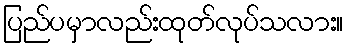
ပြည်ပမှာလည်းထုတ်လုပ်သလား။